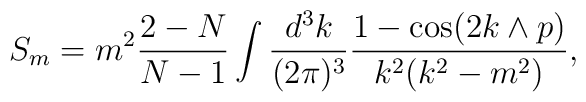
S_m= m^2\frac{2-N}{N-1}\int\frac{d^3k}{(2\pi)^3}\frac{1-\cos(2k\wedge p)}{k^2(k^2-m^2)},